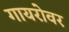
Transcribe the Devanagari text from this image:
गायरोवर